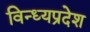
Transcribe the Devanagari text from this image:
विन्ध्यप्रदेश